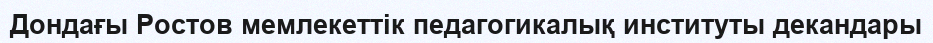
Дондағы Ростов мемлекеттік педагогикалық институты декандары